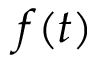
\b { f } ( t )